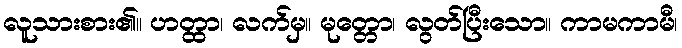
လူသားစား၏။ ဟတ္ထာ၊ လက်မှ။ မုတ္တော၊ လွတ်ပြီးသော။ ကာမကာမီ၊